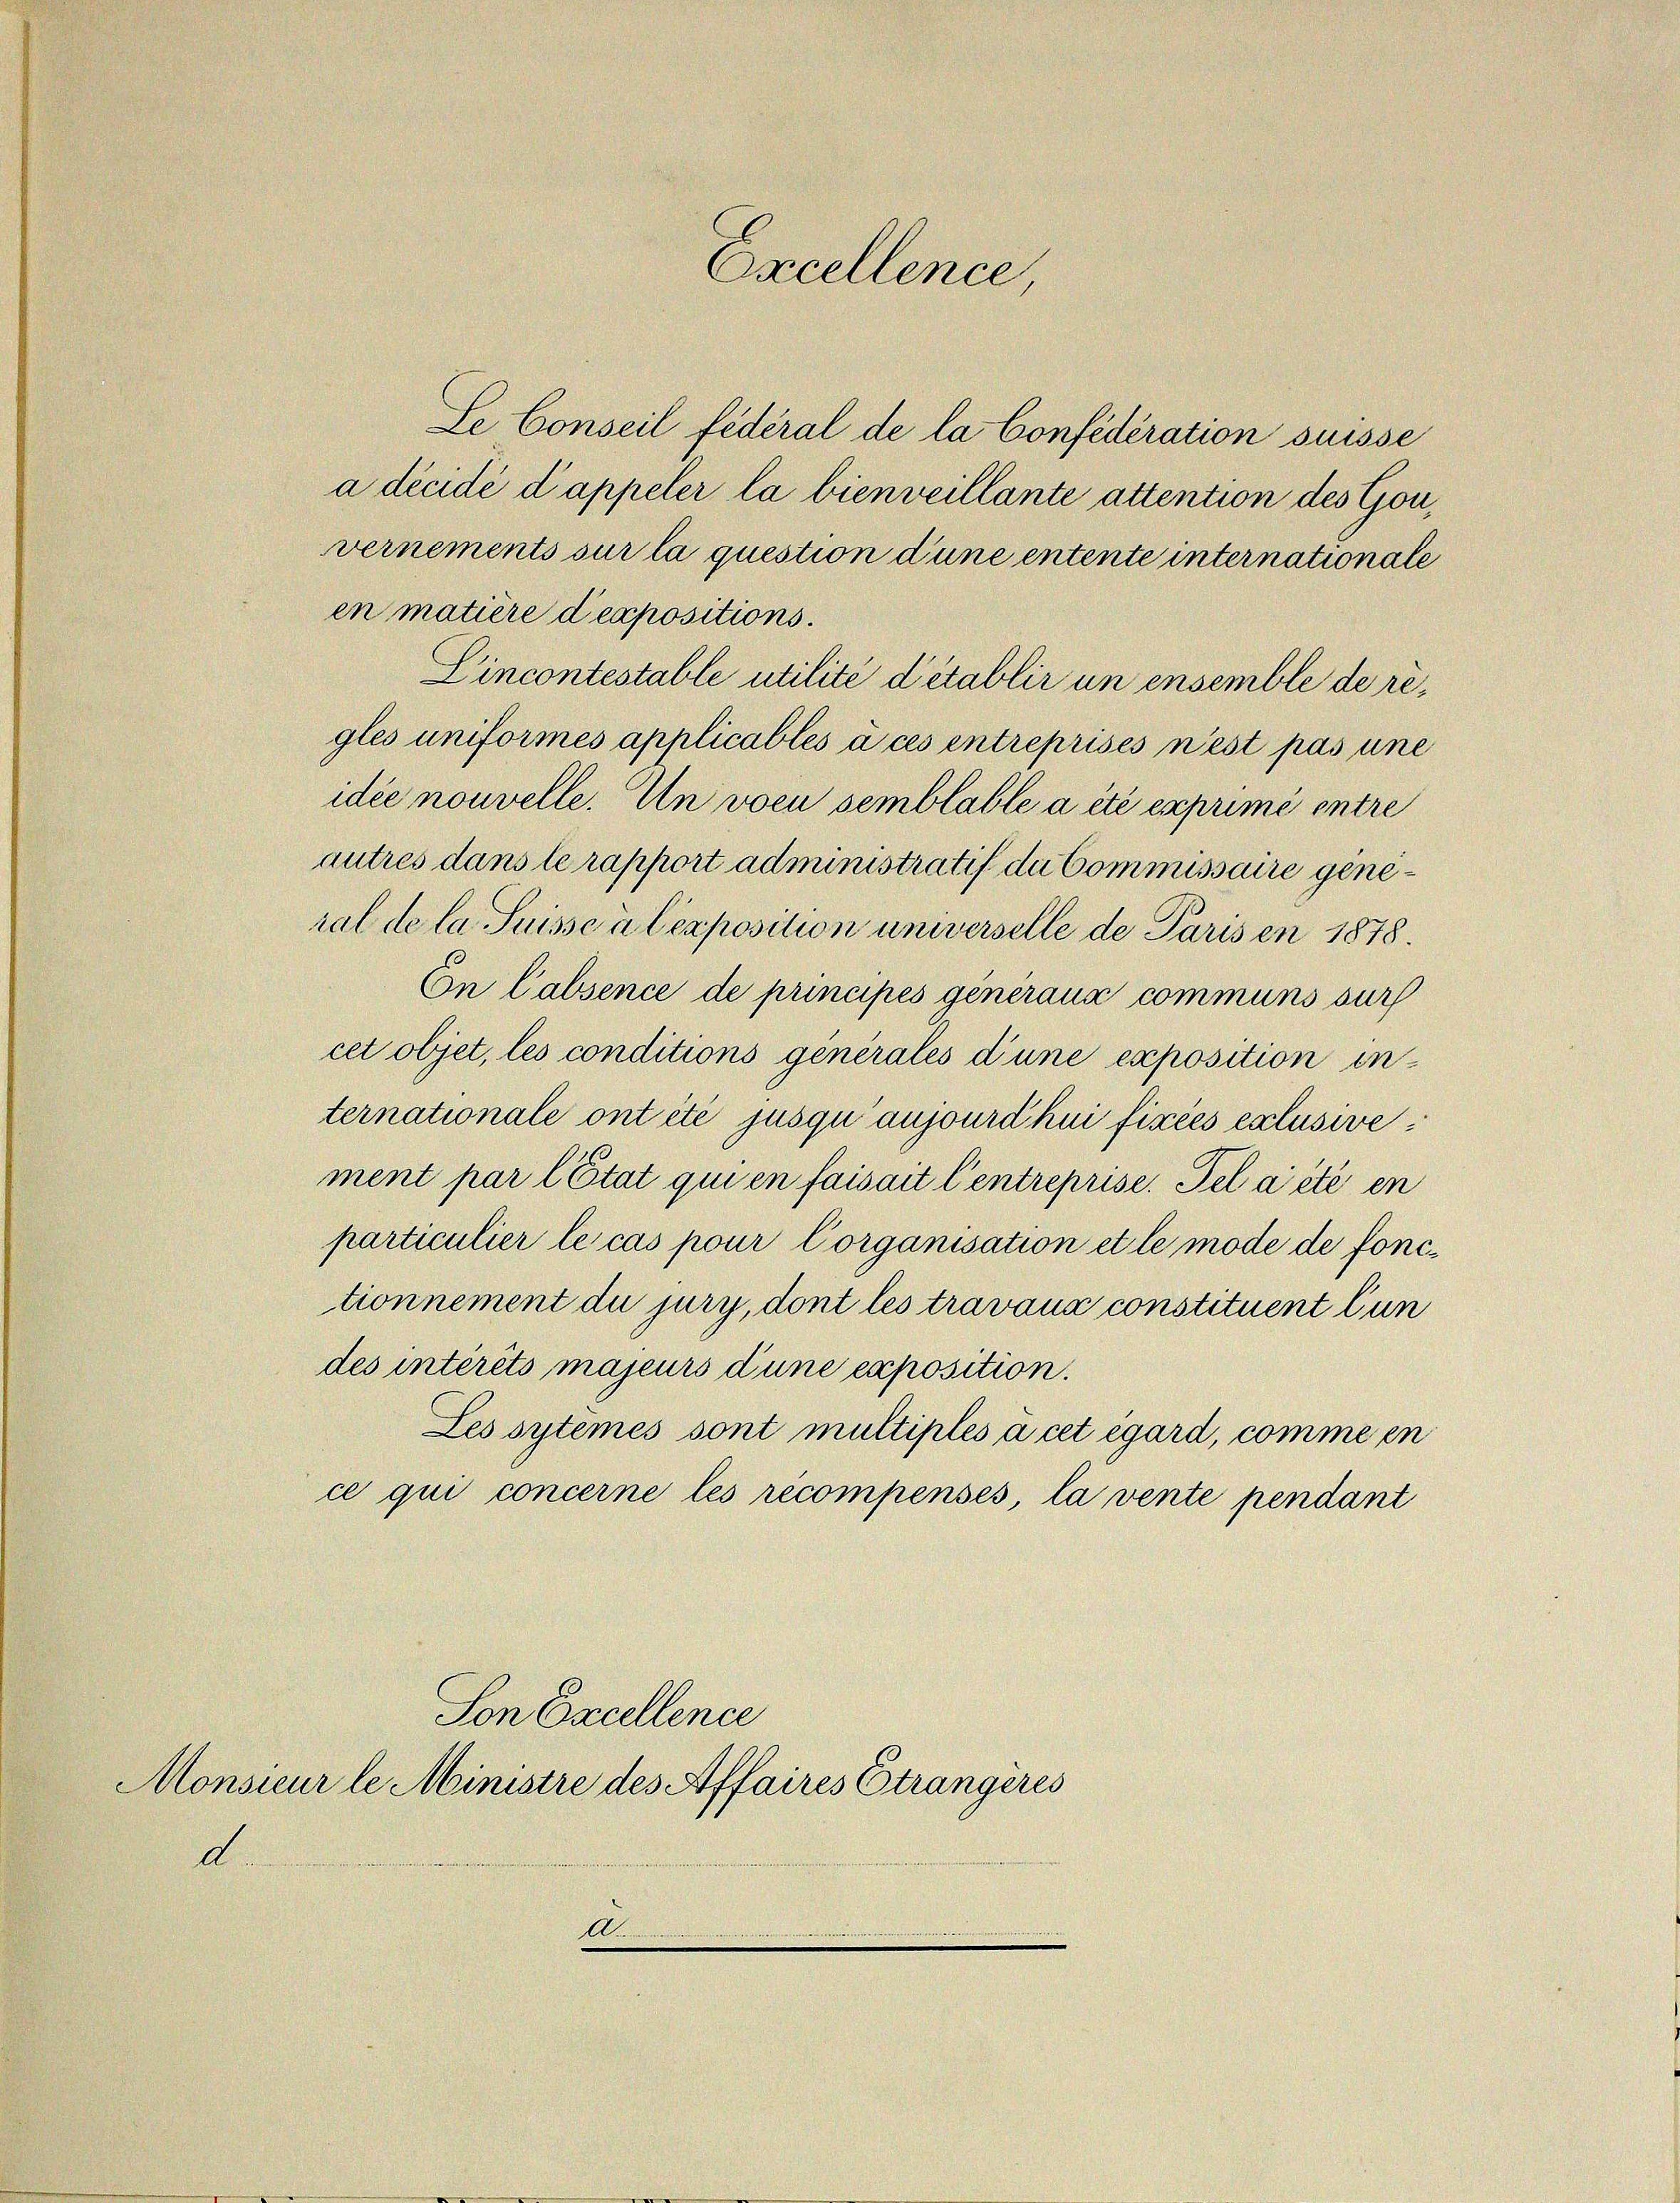
Se Conseil fédéral de la Confédération suisse
a décidé d’appeler la bienveillante attention des Gouvernements sur la question d’une entente internationale
en matière depositions.
Cincontestable utilité détablir un ensemble de regles uniformés applicables à ces entreprises n’est pas une
idée nouvelle. Un von semblable a été exprimé entre
autres dans le rapport administratif da Commissaire general de la Suissen lexposition unverselle de Paris en 1878.
En Cabsence de principes généraux communs sur
cet objet, les conditions générales d’une exposition internationale ont été jusquaujourdhui fixées exclusive
ment par l’Etat qui en faisait l’entreprise. Pel a été en
particulier le cas pour Corganisation et le mode de fonctionnement du jury, dont les travaux constituent Cun
des intérêts majeurs dune exposition.
Les systèmes sont multiplés à cet égard, comme in
ce qui concerne les recompensés, la vente pendant
Son Excellence
Monsieur le Ministre des Affaires Strangères
d
A.

Excellence,